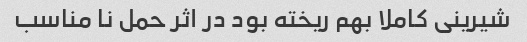
شیرینی کاملا بهم ریخته بود در اثر حمل نا مناسب